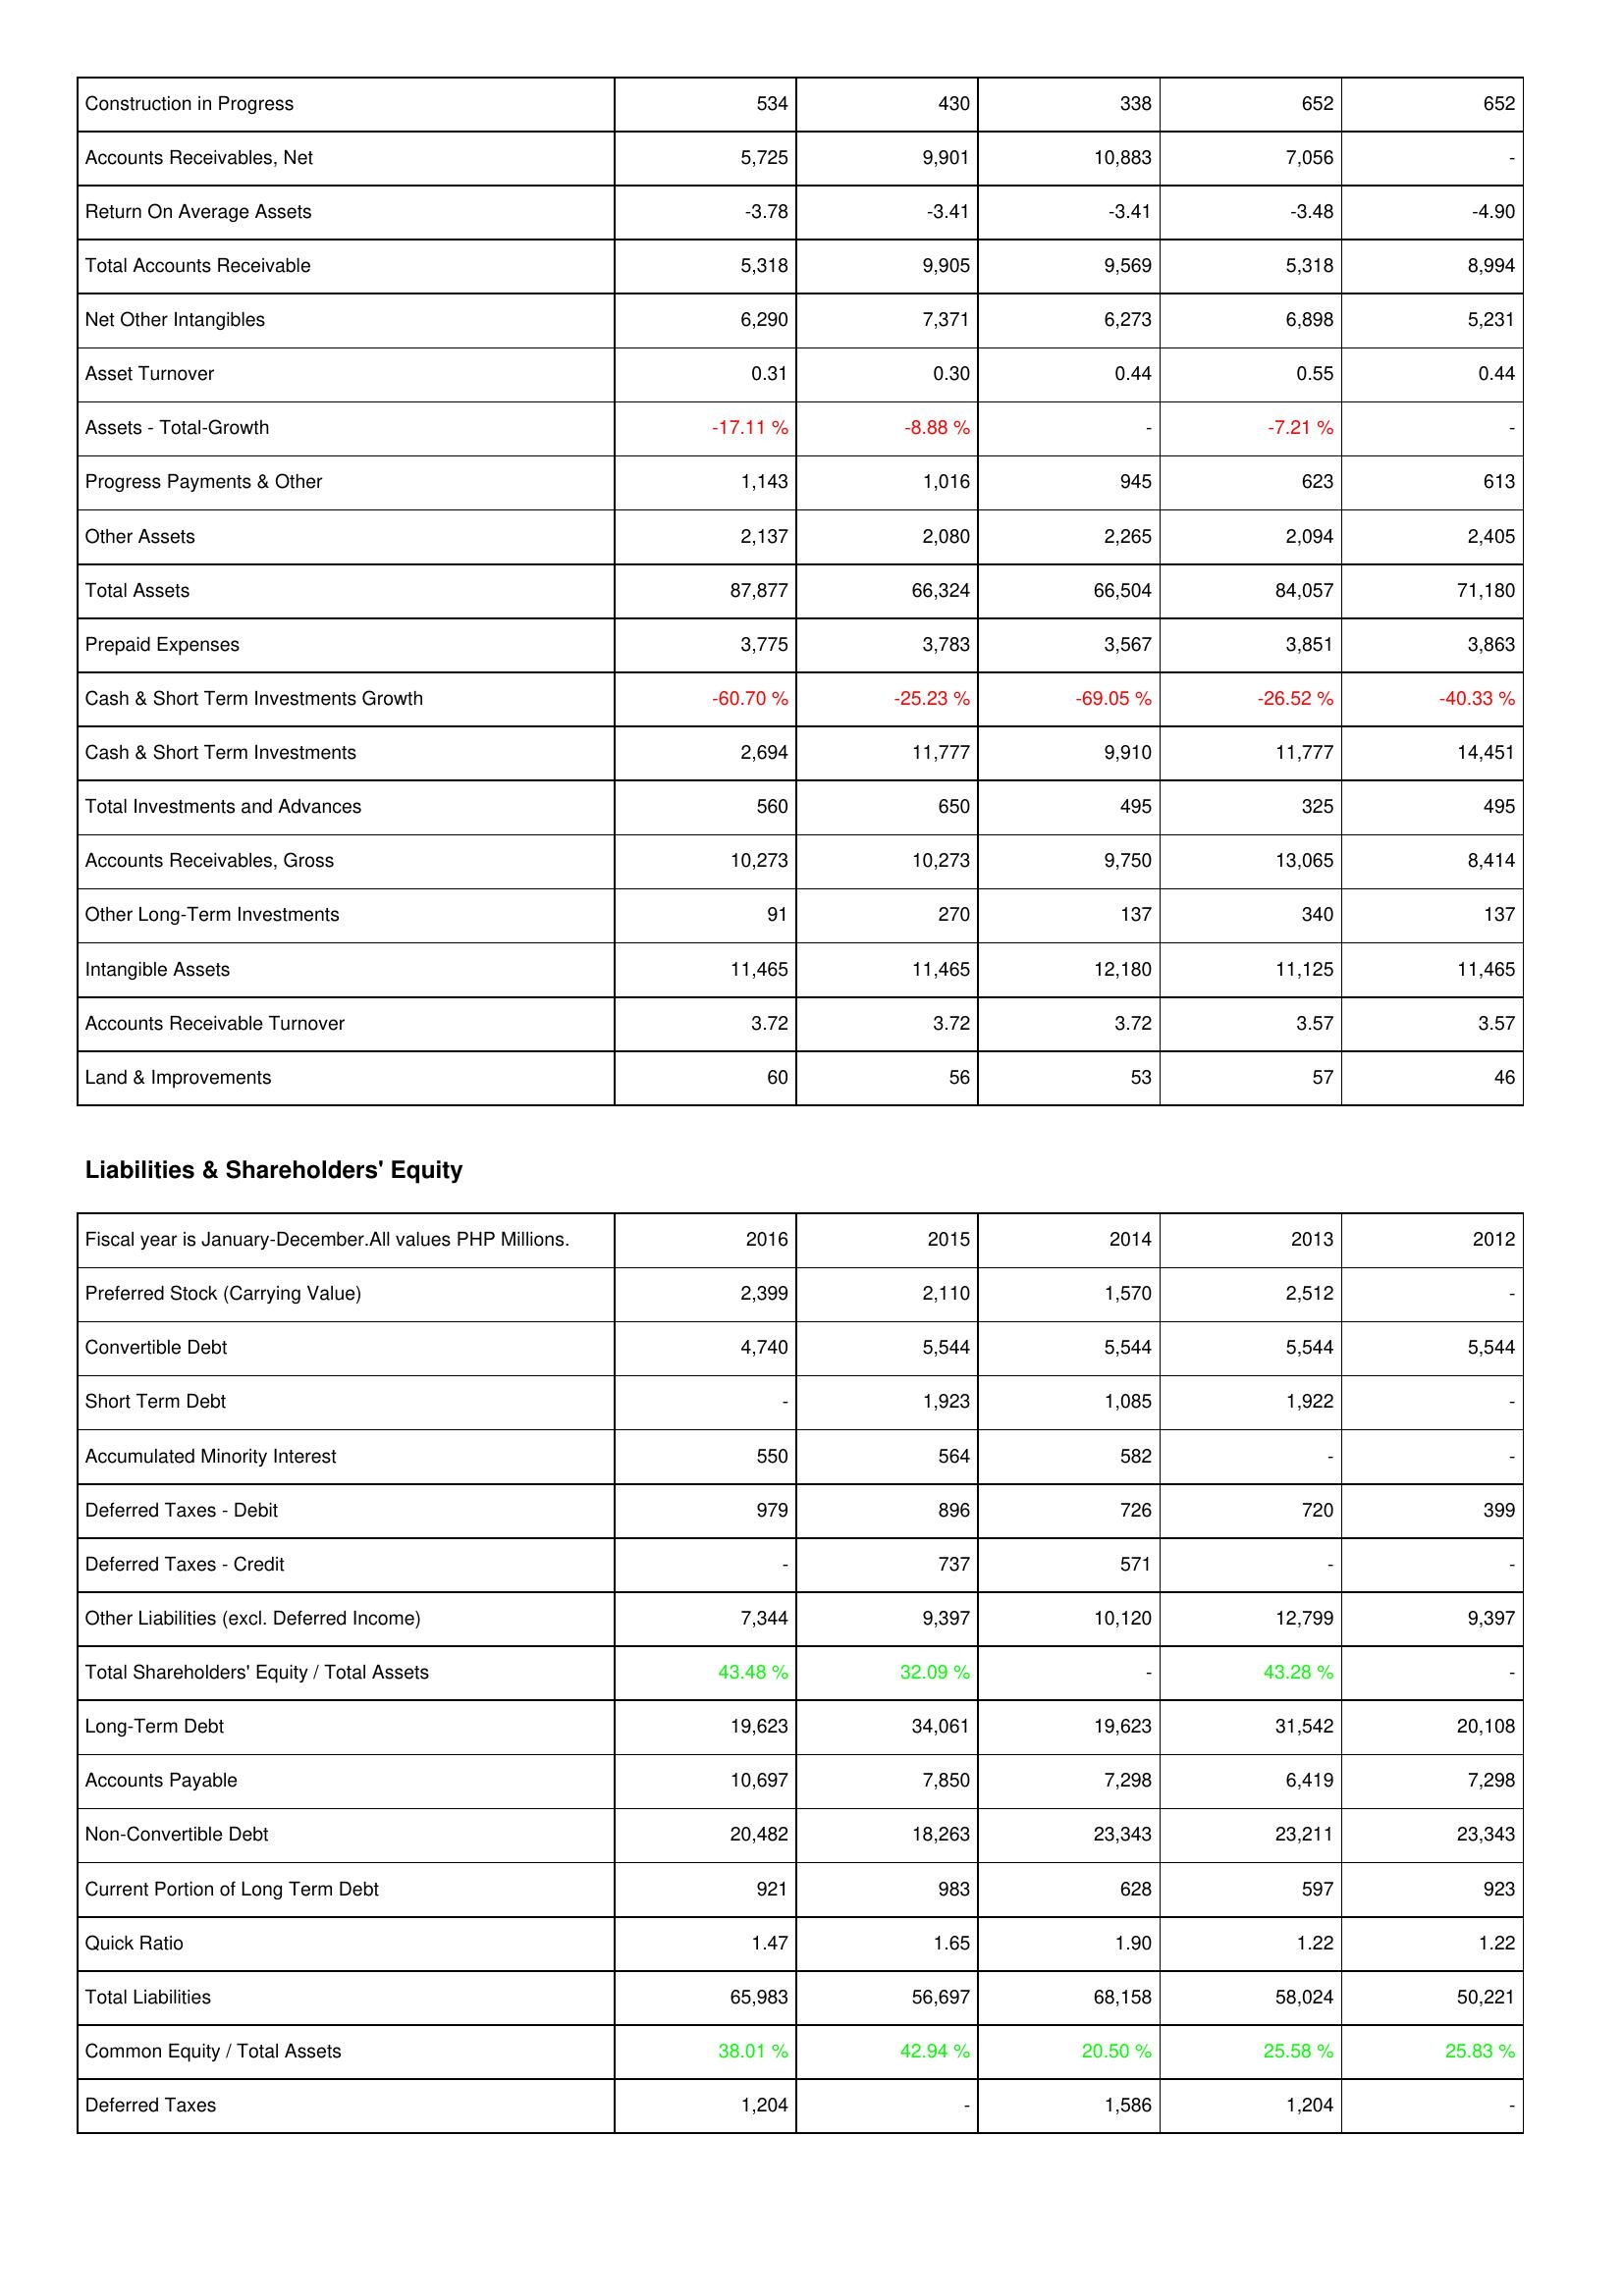
2016: Assets: Construction in Progress: 534
Accounts Receivables, Net: 5,725
Return On Average Assets: -3.78
Total Accounts Receivable: 5,318
Net Other Intangibles: 6,290
Asset Turnover: 0.31
Assets - Total-Growth: -17.11 %
Progress Payments & Other: 1,143
Other Assets: 2,137
Total Assets: 87,877
Prepaid Expenses: 3,775
Cash & Short Term Investments Growth: -60.70 %
Cash & Short Term Investments: 2,694
Total Investments and Advances: 560
Accounts Receivables, Gross: 10,273
Other Long-Term Investments: 91
Intangible Assets: 11,465
Accounts Receivable Turnover: 3.72
Land & Improvements: 60
Liabilities & Shareholders' Equity: Preferred Stock (Carrying Value): 2,399
Convertible Debt: 4,740
Short Term Debt: -
Accumulated Minority Interest: 550
Deferred Taxes - Debit: 979
Deferred Taxes - Credit: -
Other Liabilities (excl. Deferred Income): 7,344
Total Shareholders' Equity / Total Assets: 43.48 %
Long-Term Debt: 19,623
Accounts Payable: 10,697
Non-Convertible Debt: 20,482
Current Portion of Long Term Debt: 921
Quick Ratio: 1.47
Total Liabilities: 65,983
Common Equity / Total Assets: 38.01 %
Deferred Taxes: 1,204
2015: Assets: Construction in Progress: 430
Accounts Receivables, Net: 9,901
Return On Average Assets: -3.41
Total Accounts Receivable: 9,905
Net Other Intangibles: 7,371
Asset Turnover: 0.30
Assets - Total-Growth: -8.88 %
Progress Payments & Other: 1,016
Other Assets: 2,080
Total Assets: 66,324
Prepaid Expenses: 3,783
Cash & Short Term Investments Growth: -25.23 %
Cash & Short Term Investments: 11,777
Total Investments and Advances: 650
Accounts Receivables, Gross: 10,273
Other Long-Term Investments: 270
Intangible Assets: 11,465
Accounts Receivable Turnover: 3.72
Land & Improvements: 56
Liabilities & Shareholders' Equity: Preferred Stock (Carrying Value): 2,110
Convertible Debt: 5,544
Short Term Debt: 1,923
Accumulated Minority Interest: 564
Deferred Taxes - Debit: 896
Deferred Taxes - Credit: 737
Other Liabilities (excl. Deferred Income): 9,397
Total Shareholders' Equity / Total Assets: 32.09 %
Long-Term Debt: 34,061
Accounts Payable: 7,850
Non-Convertible Debt: 18,263
Current Portion of Long Term Debt: 983
Quick Ratio: 1.65
Total Liabilities: 56,697
Common Equity / Total Assets: 42.94 %
Deferred Taxes: -
2014: Assets: Construction in Progress: 338
Accounts Receivables, Net: 10,883
Return On Average Assets: -3.41
Total Accounts Receivable: 9,569
Net Other Intangibles: 6,273
Asset Turnover: 0.44
Assets - Total-Growth: -
Progress Payments & Other: 945
Other Assets: 2,265
Total Assets: 66,504
Prepaid Expenses: 3,567
Cash & Short Term Investments Growth: -69.05 %
Cash & Short Term Investments: 9,910
Total Investments and Advances: 495
Accounts Receivables, Gross: 9,750
Other Long-Term Investments: 137
Intangible Assets: 12,180
Accounts Receivable Turnover: 3.72
Land & Improvements: 53
Liabilities & Shareholders' Equity: Preferred Stock (Carrying Value): 1,570
Convertible Debt: 5,544
Short Term Debt: 1,085
Accumulated Minority Interest: 582
Deferred Taxes - Debit: 726
Deferred Taxes - Credit: 571
Other Liabilities (excl. Deferred Income): 10,120
Total Shareholders' Equity / Total Assets: -
Long-Term Debt: 19,623
Accounts Payable: 7,298
Non-Convertible Debt: 23,343
Current Portion of Long Term Debt: 628
Quick Ratio: 1.90
Total Liabilities: 68,158
Common Equity / Total Assets: 20.50 %
Deferred Taxes: 1,586
2013: Assets: Construction in Progress: 652
Accounts Receivables, Net: 7,056
Return On Average Assets: -3.48
Total Accounts Receivable: 5,318
Net Other Intangibles: 6,898
Asset Turnover: 0.55
Assets - Total-Growth: -7.21 %
Progress Payments & Other: 623
Other Assets: 2,094
Total Assets: 84,057
Prepaid Expenses: 3,851
Cash & Short Term Investments Growth: -26.52 %
Cash & Short Term Investments: 11,777
Total Investments and Advances: 325
Accounts Receivables, Gross: 13,065
Other Long-Term Investments: 340
Intangible Assets: 11,125
Accounts Receivable Turnover: 3.57
Land & Improvements: 57
Liabilities & Shareholders' Equity: Preferred Stock (Carrying Value): 2,512
Convertible Debt: 5,544
Short Term Debt: 1,922
Accumulated Minority Interest: -
Deferred Taxes - Debit: 720
Deferred Taxes - Credit: -
Other Liabilities (excl. Deferred Income): 12,799
Total Shareholders' Equity / Total Assets: 43.28 %
Long-Term Debt: 31,542
Accounts Payable: 6,419
Non-Convertible Debt: 23,211
Current Portion of Long Term Debt: 597
Quick Ratio: 1.22
Total Liabilities: 58,024
Common Equity / Total Assets: 25.58 %
Deferred Taxes: 1,204
2012: Assets: Construction in Progress: 652
Accounts Receivables, Net: -
Return On Average Assets: -4.90
Total Accounts Receivable: 8,994
Net Other Intangibles: 5,231
Asset Turnover: 0.44
Assets - Total-Growth: -
Progress Payments & Other: 613
Other Assets: 2,405
Total Assets: 71,180
Prepaid Expenses: 3,863
Cash & Short Term Investments Growth: -40.33 %
Cash & Short Term Investments: 14,451
Total Investments and Advances: 495
Accounts Receivables, Gross: 8,414
Other Long-Term Investments: 137
Intangible Assets: 11,465
Accounts Receivable Turnover: 3.57
Land & Improvements: 46
Liabilities & Shareholders' Equity: Preferred Stock (Carrying Value): -
Convertible Debt: 5,544
Short Term Debt: -
Accumulated Minority Interest: -
Deferred Taxes - Debit: 399
Deferred Taxes - Credit: -
Other Liabilities (excl. Deferred Income): 9,397
Total Shareholders' Equity / Total Assets: -
Long-Term Debt: 20,108
Accounts Payable: 7,298
Non-Convertible Debt: 23,343
Current Portion of Long Term Debt: 923
Quick Ratio: 1.22
Total Liabilities: 50,221
Common Equity / Total Assets: 25.83 %
Deferred Taxes: -